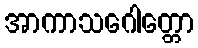
အာကာသဂေါတ္တော